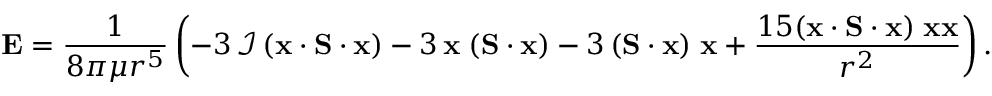
\mathbf { E } = \frac { 1 } { 8 \pi \mu r ^ { 5 } } \left( - 3 \, \mathcal { I } \, ( \mathbf { x } \cdot \mathbf { S } \cdot \mathbf { x } ) - 3 \, \mathbf { x } \; ( \mathbf { S } \cdot \mathbf { x } ) - 3 \, ( \mathbf { S } \cdot \mathbf { x } ) \; \mathbf { x } + \frac { 1 5 ( \mathbf { x } \cdot \mathbf { S } \cdot \mathbf { x } ) \; \mathbf { x } \mathbf { x } } { r ^ { 2 } } \right) .